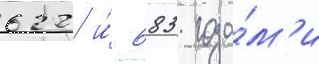
622 и́ 683 года́м'и